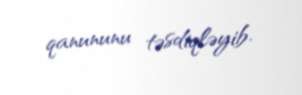
qanununu təsdiqləyib.